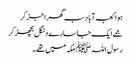
ہوا کعبہ آباد سب گھر اجڑ کر
جمے ایک جاسارے دنگل بچھڑ کر
رسول اللہﷺ مکہ میں تھے۔